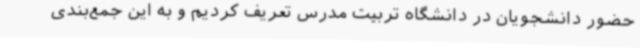
حضور دانشجویان در دانشگاه تربیت مدرس تعریف کردیم و به این جمع‌بندی